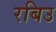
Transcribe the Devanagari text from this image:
रबिउ